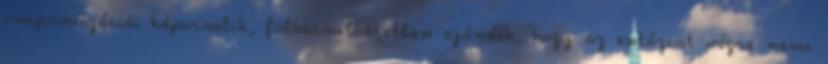
improvizációi képviselik, fölbecsülhetetlen ajándék, hogy az extázist végre nem